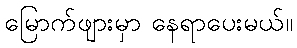
မြောက်ဖျားမှာ နေရာပေးမယ်။